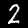
Digit: 2